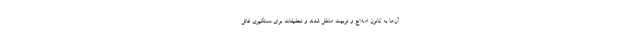
آن‌ها به کانون اصلاح و تربیت منتقل شدند و تحقیقات برای دستگیری قاتل